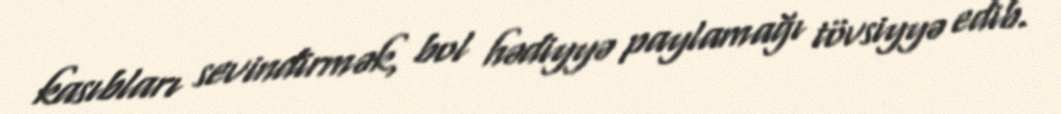
kasıbları sevindirmək, bol hədiyyə paylamağı tövsiyyə edib.